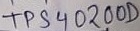
Text: TPS40200D